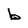
Character: b